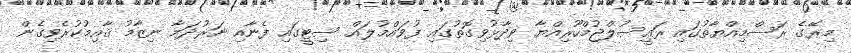
މިރޭގެ ރަސްމިއްޔާތުގައި ރައީސުލްޖުމްހޫރިއްޔާ ވިދާޅުވިގޮތުގައި ފުވައްމުލައް ސިޓީގައި ފެނާއި ނަރުދަމާ ނިޒާމު ޤާއިމުކުރެވިގެން